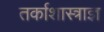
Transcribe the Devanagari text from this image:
तर्काशास्त्राज्ञ